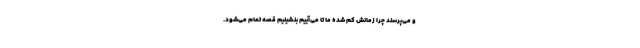
و می‌پرسند چرا زمانش کم شده ما تا می‌آییم بنشینیم قصه تمام می‌شود.